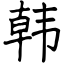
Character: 韩